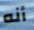
أنه